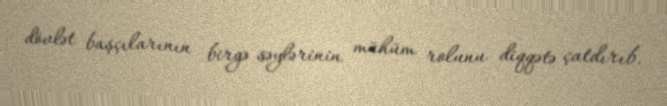
dövlət başçılarının birgə səylərinin mühüm rolunu diqqətə çatdırıb.